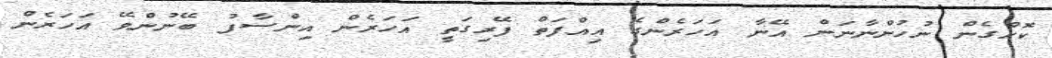
ކޮށްގެން ނުހުންނާނަން އޭނާ އަހަރެންގެ އިއްފަތް ފޭރިގަތީ އަހަރެން އިންސާފު ބޭނުންވޭ އަހަރެން